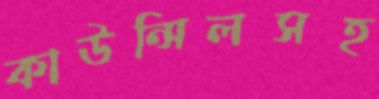
কাউন্সিলসহ